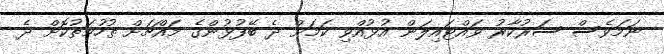
ނަމަވެސް ސަރުކާރު ވައްޓައިލަން އުޅުއްވި ކަމަށް ދެ ބޭފުޅުންގެ މައްޗަށް ތުހުމަތުކޮށް ދެ